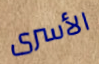
الأسرى